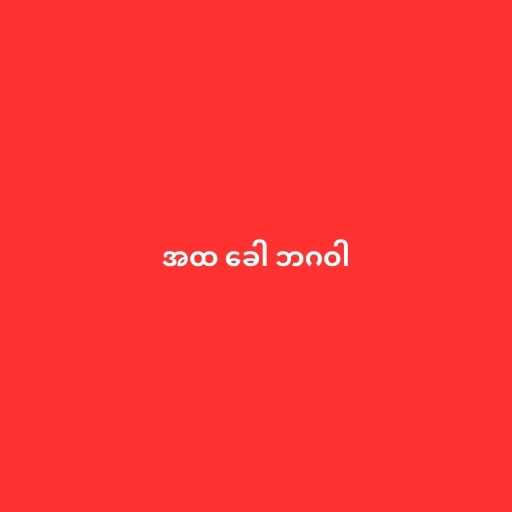
အထ ခေါ ဘဂဝါ